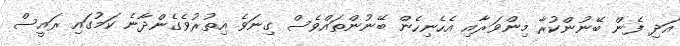
އަދި ފެން ބޭނުންކުރާ މިންވަރާއި އެހެނިހެން ބޭނުންތައްވެސް ގިނަވެ އިތުރުވެގެންދާނެ ކަމުގައި ރައީސް